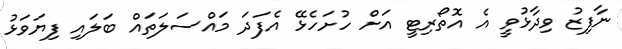
ނާފިޒު ވިދާޅުވީ އެ އޮތޯރިޓީ އަށް ހުށަހެޅޭ އެފަދަ މައްސަލަތައް ބަލައި ފިޔަވަޅު